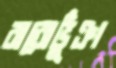
বারোভুঁঞা